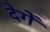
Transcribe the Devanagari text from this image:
देगेें